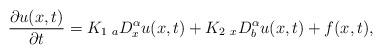
LaTeX: \begin{align*} \frac{\partial u(x,t)}{\partial t} = K_1 \;_aD_{x}^{\alpha}u(x,t) +K_2 \;_xD_{b}^{\alpha}u(x,t) + f(x,t),\end{align*}